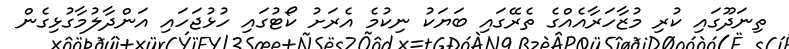
ތިނަދޫގައި ކުރި މުޒާހަރާއެއްގެ ތެރޭގައި ބަޔަކު ނިކުމެ އެރަށު ކޯޓުގައި ހުޅުޖަހައި އަންދާލުމާގުޅިގެން